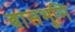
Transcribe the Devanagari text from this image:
बासभूमि